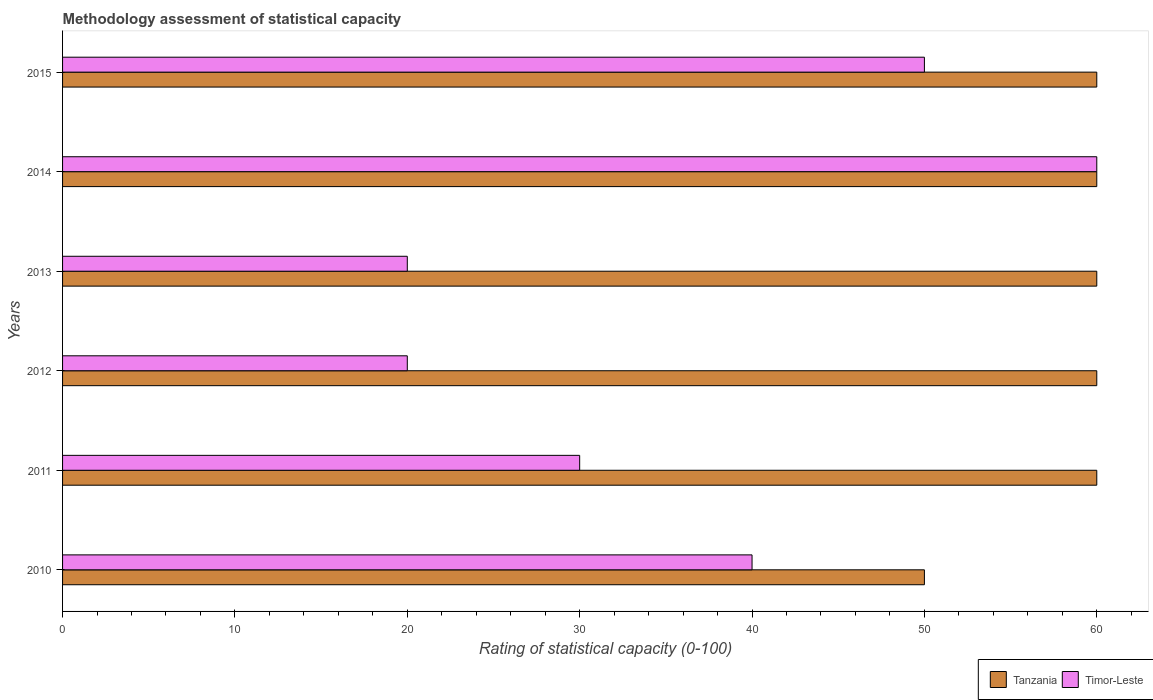
| Years | Tanzania | Timor-Leste |
 | --- | --- | --- |
 | 2010 | 50 | 40 |
 | 2011 | 60 | 30 |
 | 2012 | 60 | 20 |
 | 2013 | 60 | 20 |
 | 2014 | 60 | 60 |
 | 2015 | 60 | 50 |